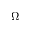
\Omega